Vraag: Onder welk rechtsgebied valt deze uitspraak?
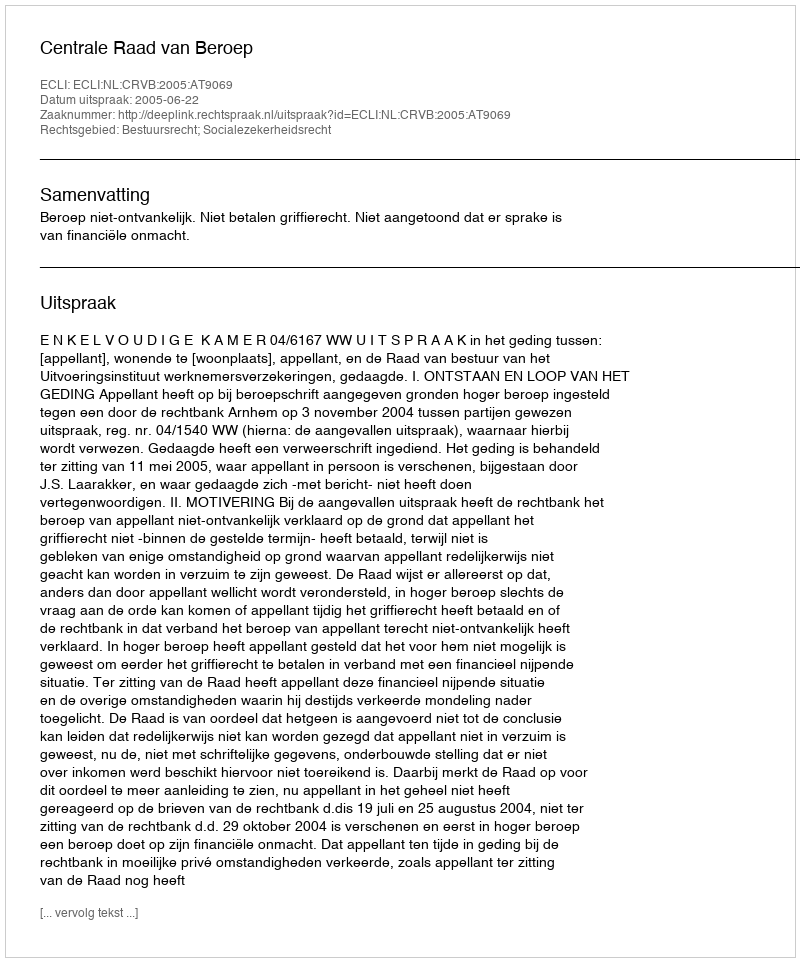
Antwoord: Bestuursrecht; Socialezekerheidsrecht